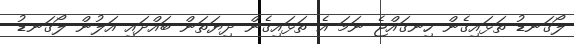
ލޯގަނޑު ތަޅައިގެން ހިނގައްޖެ ނަމަ އެ ތަޅައިގެން ދިޔަތަން ބައްދައި އަލުން ލޯގަނޑު